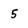
Character: 5